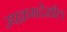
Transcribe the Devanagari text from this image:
उपक्रमदेखील